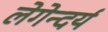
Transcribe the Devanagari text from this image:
लेगेन्दर्य